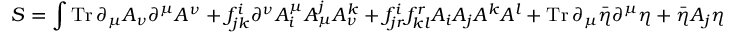
S = \int \operatorname { T r } \partial _ { \mu } A _ { \nu } \partial ^ { \mu } A ^ { \nu } + f _ { j k } ^ { i } \partial ^ { \nu } A _ { i } ^ { \mu } A _ { \mu } ^ { j } A _ { \nu } ^ { k } + f _ { j r } ^ { i } f _ { k l } ^ { r } A _ { i } A _ { j } A ^ { k } A ^ { l } + \operatorname { T r } \partial _ { \mu } { \bar { \eta } } \partial ^ { \mu } \eta + { \bar { \eta } } A _ { j } \eta